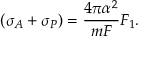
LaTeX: ( \sigma _ { A } + \sigma _ { P } ) = { \frac { 4 \pi \alpha ^ { 2 } } { m { \cal F } } } F _ { 1 } .